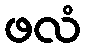
ဖလံ